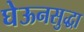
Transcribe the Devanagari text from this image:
घेऊनसुद्धा